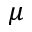
\mu